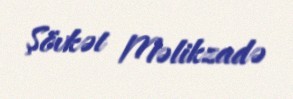
Şövkət Məlikzadə